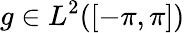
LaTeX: g\in L^{2}([-\pi,\pi])